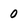
Character: 0